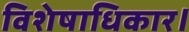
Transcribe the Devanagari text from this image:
विशेषाधिकार।